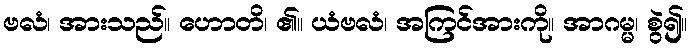
ဗလံ၊ အားသည်။ ဟောတိ၊ ၏။ ယံဗလံ၊ အကြင်အားကို။ အာဂမ္မ၊ စွဲ၍။